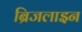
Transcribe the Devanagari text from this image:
ब्रिजलाइन